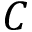
C